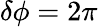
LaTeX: \delta\phi=2\pi